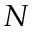
N